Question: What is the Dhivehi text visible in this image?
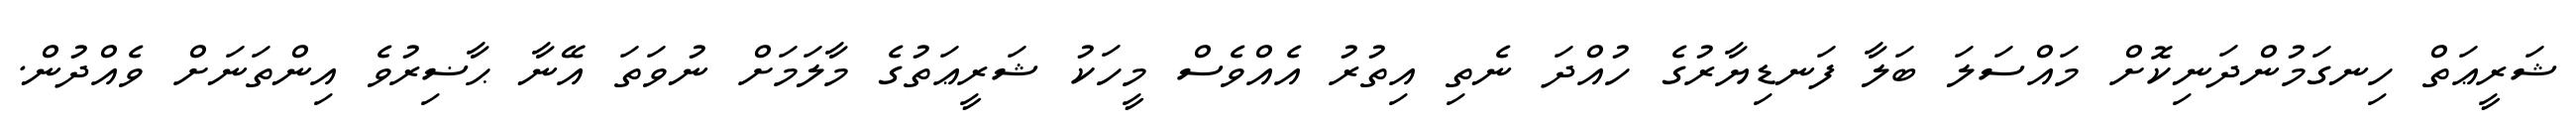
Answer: ޝަރީޢަތް ހިނގަމުންދަނިކޮށް މައްސަލަ ބަލާ ފަނޑިޔާރުގެ ހުއްދަ ނެތި އިތުރު އެއްވެސް މީހަކު ޝަރީޢަތުގެ މާލަމަށް ނުވަތަ އޭނާ ޙާޟިރުވެ އިންތަނަށް ވެއްދުން.